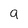
Character: a